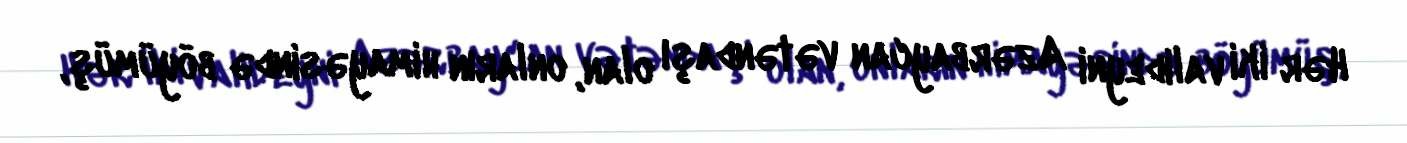
Hər iki valideyni Azərbaycan vətəndaşı olan, onların himayəsində böyümüş,